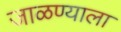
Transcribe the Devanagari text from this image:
जाळण्याला